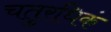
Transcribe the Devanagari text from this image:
चतुरधिकं